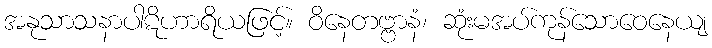
အနုသာသနာပါဋိဟာရိယဖြင့်။ ဝိနေတဗ္ဗာနံ၊ ဆုံးမအပ်ကုန်သောဝေနေယျ